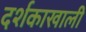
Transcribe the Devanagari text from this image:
दर्शकाखाली